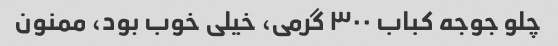
چلو جوجه کباب ۳۰۰ گرمی، خیلی خوب بود، ممنون